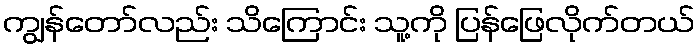
ကျွန်တော်လည်း သိကြောင်း သူ့ကို ပြန်ဖြေလိုက်တယ်